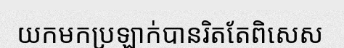
យកមកប្រឡាក់បានរិតតែពិសេស